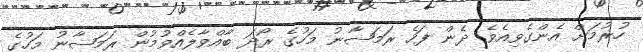
ހުރުމަށް އެންގެވިއެވެ. ދެން ފަހެ ރަމަޟާނު މަހުގެ ރޯދަ ބާއްވާލެއްވުމުން ރަމަޟާނު މަހުގެ